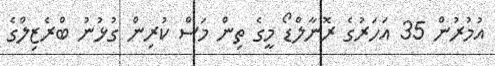
އުމުރުން 35 އަހަރުގެ ރޮނާލްޑޯ މީގެ ތިން މަސް ކުރިން ގުޅުނު ބްރެޒިލްގެ